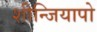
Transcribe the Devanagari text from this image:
शीन्जियापो